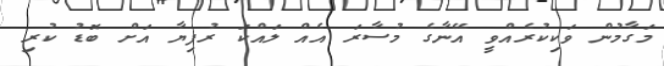
މަގާމުން ވަކިކުރެއްވީ އޭނާގެ މުސާރަ އެއް ލައްކަ ރުފިޔާ އަށް ބޮޑު ކުރި